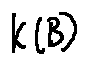
k ( B )